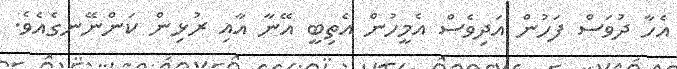
އެހާ ދުވަސް ފަހުން އަދިވެސް އެމީހުން އެތިބީ އޭނާ އާއި ރުޅިން ކަންނޭނގެއެވެ.